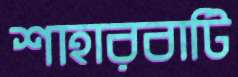
শাহারবাটি